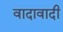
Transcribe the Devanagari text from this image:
वादावादी